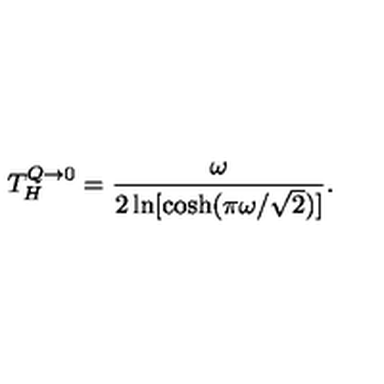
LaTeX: T _ { H } ^ { Q \to 0 } = { \frac { \omega } { 2 \ln [ \cosh ( \pi \omega / \sqrt 2 ) ] } } .